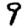
Digit: 9